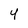
Character: 4